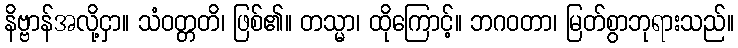
နိဗ္ဗာန်အလို့ငှာ။ သံဝတ္တတိ၊ ဖြစ်၏။ တသ္မာ၊ ထိုကြောင့်။ ဘဂဝတာ၊ မြတ်စွာဘုရားသည်။